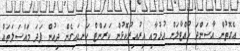
އެގޮތުން އާސަންދަ ހުއްޓާލަން އުޅުމާއި އިރުއިރުކޮޅުން ކަރަންޓް ކަނޑައިގެން ދިއުން ފަދަ މައްސަލަތައް